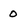
Character: 0